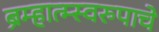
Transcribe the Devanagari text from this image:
ब्रम्हात्म्स्वरुपाचे